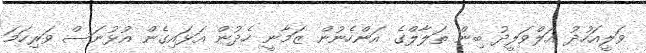
ވަލީއަހުދު އަލްވަލީދު ބިން ތަލާލްގެ އަންހެނުން ޒަމާނީ ހެދުން އަޅައިގެން އުޅުނަސް ވަރިހަމަ